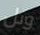
ونل